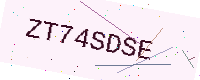
Text: ZT74SDSE